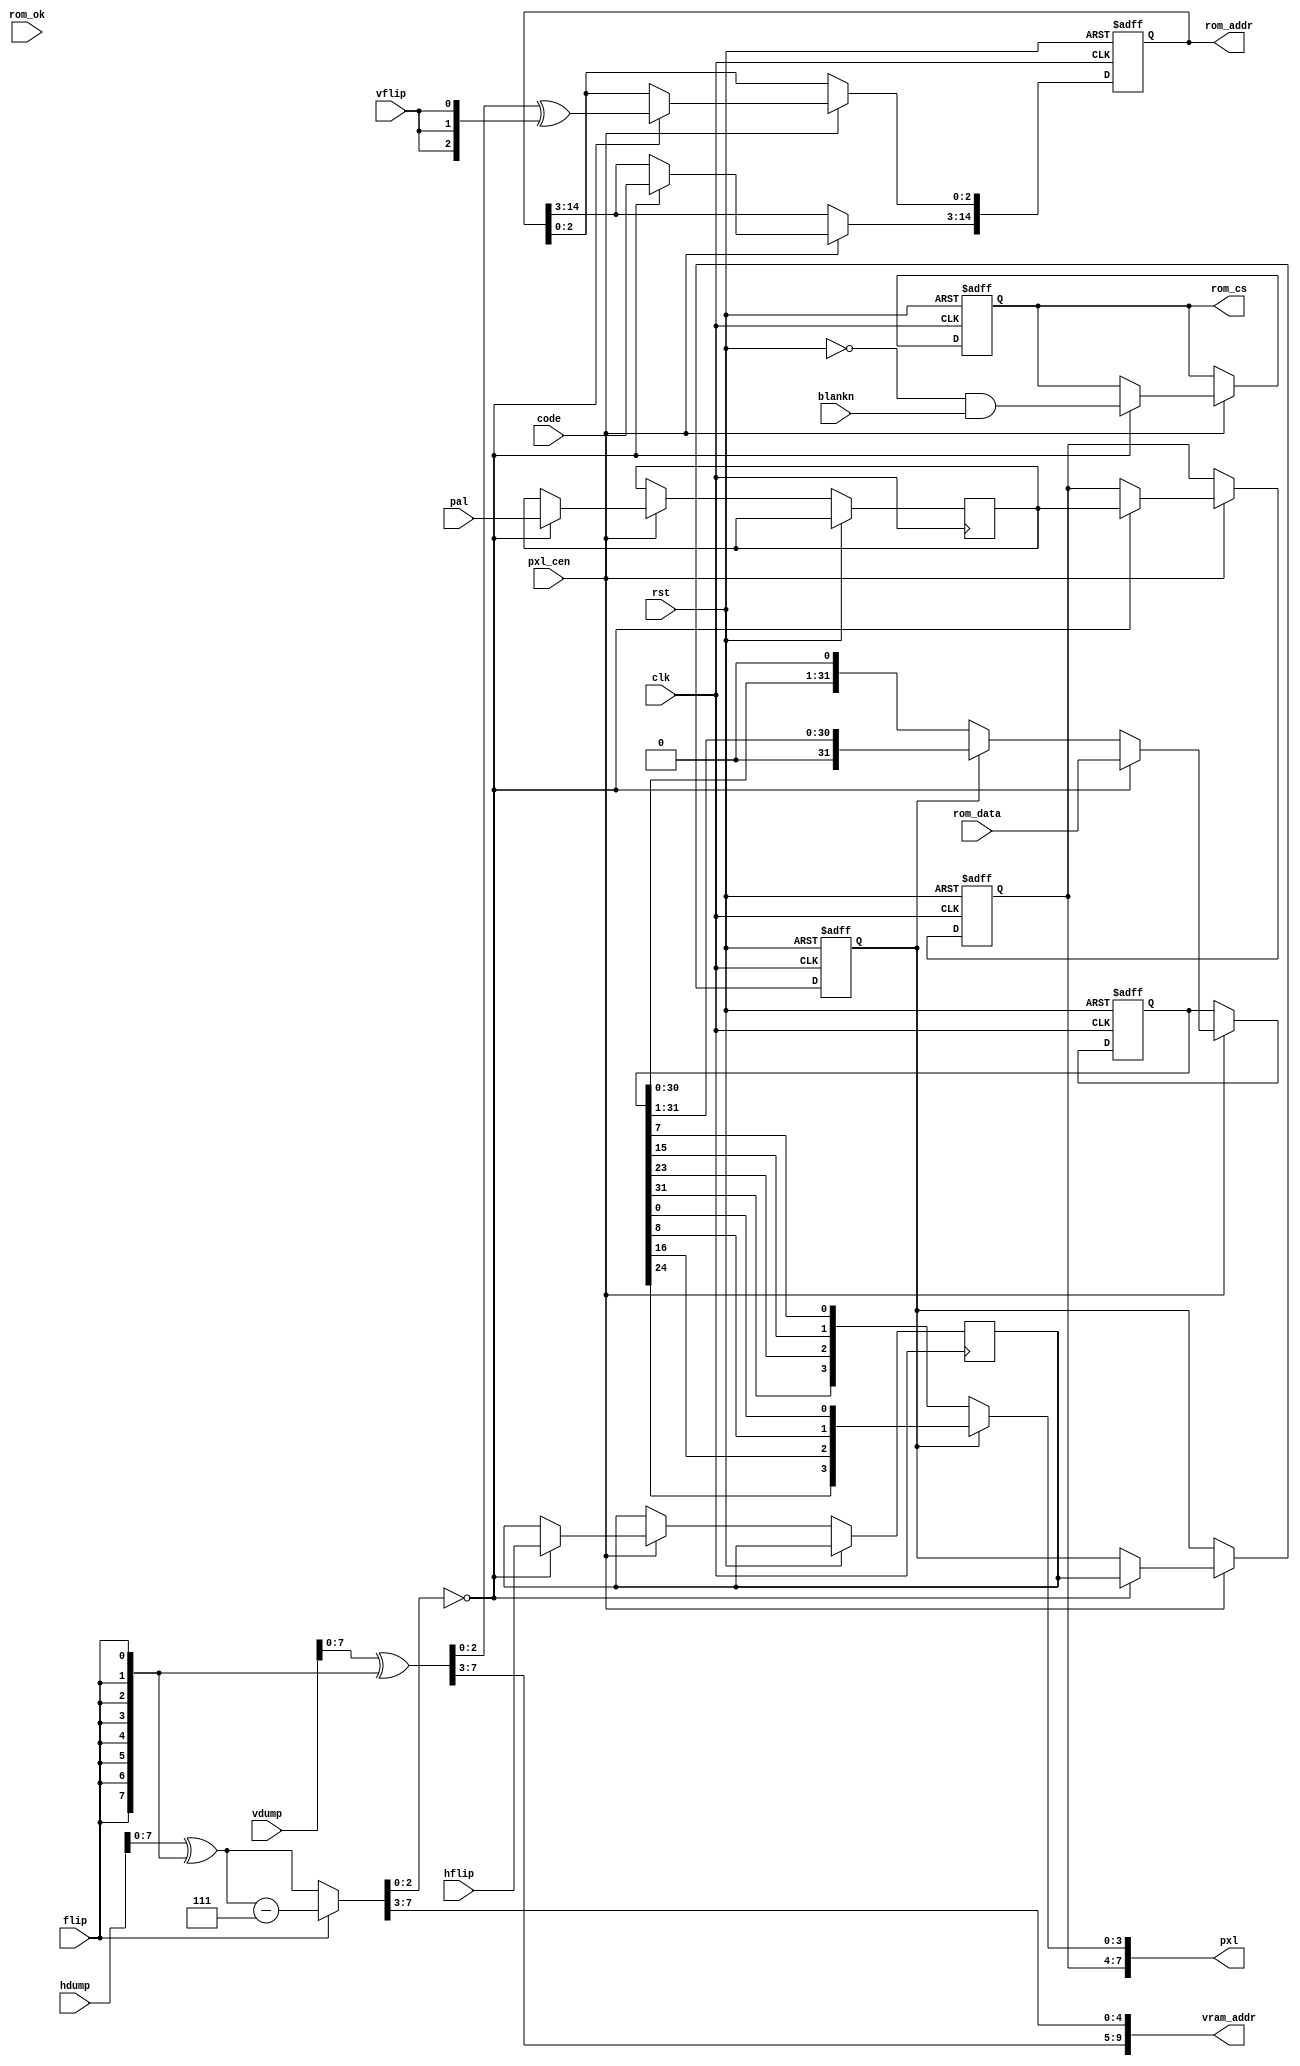
/*  This file is part of JTFRAME.
    JTFRAME program is free software: you can redistribute it and/or modify
    it under the terms of the GNU General Public License as published by
    the Free Software Foundation, either version 3 of the License, or
    (at your option) any later version.

    JTFRAME program is distributed in the hope that it will be useful,
    but WITHOUT ANY WARRANTY; without even the implied warranty of
    MERCHANTABILITY or FITNESS FOR A PARTICULAR PURPOSE.  See the
    GNU General Public License for more details.

    You should have received a copy of the GNU General Public License
    along with JTFRAME.  If not, see <http://www.gnu.org/licenses/>.

    Author: Jose Tejada Gomez. Twitter: @topapate
    Version: 1.0
    Date: 15-12-2022 */
    

// Generic tile map generator with no scroll
// The ROM data must be in these format
// code, H parts, V part
// pixel data is 4bpp, and arrives in four bytes. Each byte is for a plane

module jtframe_tilemap #( parameter
    SIZE =  8,    // 8x8, 16x16 or 32x32
    VA   = 10,
    CW   = 12,
    PW   =  8,
    VR   = SIZE==8 ? CW+3 : SIZE==16 ? CW+5 : CW+7,
    MAP_HW = 8,    // size of the map in pixels
    MAP_VW = 8,
    FLIP_MSB  = 1, // set to 0 for scroll tile maps
    FLIP_HDUMP= 1,
    FLIP_VDUMP= 1,
    XOR_HFLIP = 0, // set to 1 so hflip gets ^ with flip
    XOR_VFLIP = 0  // set to 1 so vflip gets ^ with flip
)(
    input              rst,
    input              clk,
    input              pxl_cen,

    input        [8:0] vdump,
    input        [8:0] hdump,
    input              blankn,  // if !blankn there are no ROM requests
    input              flip,    // Screen flip

    output    [VA-1:0] vram_addr,

    input     [CW-1:0] code,
    input     [PW-5:0] pal,
    input              hflip,
    input              vflip,

    output reg [VR-1:0]rom_addr,
    input      [31:0]  rom_data,
    output reg         rom_cs,
    input              rom_ok,      // ignored. It assumes that data is always right

    output     [PW-1:0]pxl
);

localparam VW = SIZE==8 ? 3 : SIZE==16 ? 4:5;

reg  [  31:0] pxl_data;
reg  [PW-5:0] cur_pal, nx_pal;
wire          vflip_g;
reg           hflip_g, nx_hf;
reg     [8:0] heff;
wire    [8:0] veff;

// not flipping the MSB is usually needed in scroll layers
assign veff = FLIP_VDUMP ? vdump ^ { FLIP_MSB[0]&flip, {8{flip}}} : vdump;

always @* begin
    heff = FLIP_HDUMP ? hdump ^ {9{flip}} : hdump;
    if( flip ) heff = heff - 9'd7;
end

initial begin
    if( SIZE==32 ) begin
        $display("WARNING %m: SIZE=32 has not been tested");
    end
end

assign pxl       = { cur_pal, hflip_g ? {pxl_data[24], pxl_data[16], pxl_data[8], pxl_data[0]} :
                                        {pxl_data[31], pxl_data[23], pxl_data[15], pxl_data[7]} };
assign vflip_g   = (flip & XOR_VFLIP[0])^vflip;

assign vram_addr[VA-1-:MAP_VW-VW]=veff[MAP_VW-1:VW];
assign vram_addr[0+:MAP_HW-VW] = heff[MAP_HW-1:VW];

always @(posedge clk, posedge rst) begin
    if( rst ) begin
        rom_cs   <= 0;
        rom_addr <= 0;
        pxl_data <= 0;
        cur_pal  <= 0;
        hflip_g  <= 0;
    end else if(pxl_cen) begin
        if( heff[2:0]==0 ) begin
            rom_cs <= ~rst & blankn;
            rom_addr[0+:VW] <= veff[0+:VW]^{VW{vflip_g}};
            rom_addr[VR-1-:CW] <= code;
            if( SIZE==16 ) rom_addr[VW]      <= heff[3];
            if( SIZE==32 ) rom_addr[VW+1-:2] <= heff[4:3];
            pxl_data <= rom_data;
            // draw information is eight pixels behind
            nx_pal   <= pal;
            cur_pal  <= nx_pal;
            nx_hf    <= (flip & XOR_HFLIP[0])^hflip;
            hflip_g  <= nx_hf;
        end else begin
            pxl_data <= hflip_g ? (pxl_data>>1) : (pxl_data<<1);
        end
    end
end

endmodule